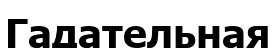
Гадательная